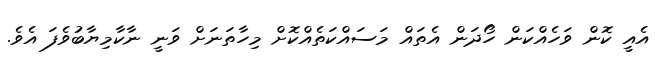
އެއީ ކޮން ވަހެއްކަން ހޯދަން އެތައް މަސައްކަތެއްކޮށް މިހާތަނަށް ވަނީ ނާކާމިޔާބުވެފަ އެވެ.